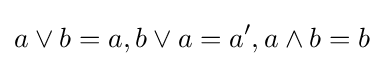
a\vee b=a,b\vee a=a',a\wedge b=b